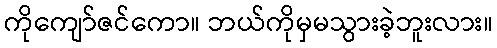
ကိုကျော်ဇင်ကော။ ဘယ်ကိုမှမသွားခဲ့ဘူးလား။